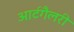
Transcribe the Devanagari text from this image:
आर्टगैलरी